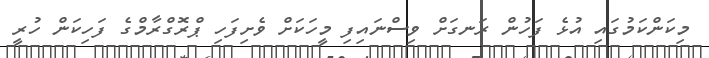
މިކަންކަމުގައި އުޅެ ފަހުން ރަނގަށް ވިސްނައިފި މީހަކަށް ވެށިފަހި ޕްރޮގްރާމްގެ ފަހިކަން ހުރީ